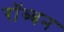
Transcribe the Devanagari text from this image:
रॉब्‍बन